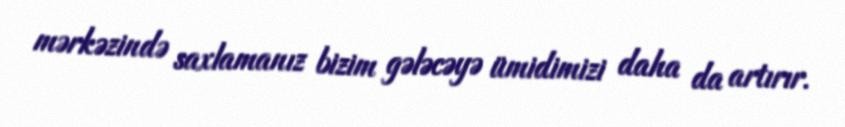
mərkəzində saxlamanız bizim gələcəyə ümidimizi daha da artırır.